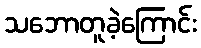
သဘောတူခဲ့ကြောင်း